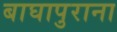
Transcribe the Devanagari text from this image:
बाघापुराना